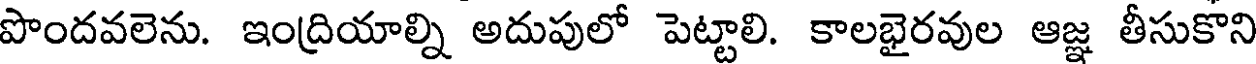
పొందవలెను. ఇంద్రియాల్ని అదుపులో పెట్టాలి. కాలభైరవుల ఆజ్ఞ తీసుకొని